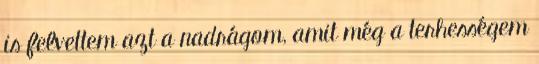
is felvettem azt a nadrágom, amit még a terhességem